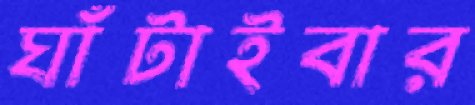
ঘাঁটাইবার